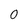
Character: 0